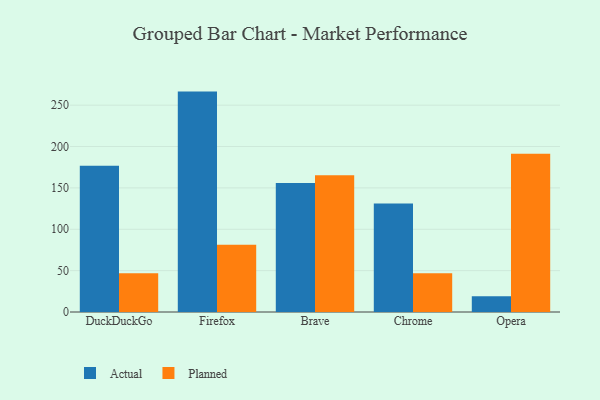
{"axis": {"x": "Browser", "y": "Page Views"}, "legend": ["Actual", "Planned"], "data": [{"x": "DuckDuckGo", "y": 176.7, "type": "Actual"}, {"x": "DuckDuckGo", "y": 46.7, "type": "Planned"}, {"x": "Firefox", "y": 266.4, "type": "Actual"}, {"x": "Firefox", "y": 81.3, "type": "Planned"}, {"x": "Brave", "y": 156.0, "type": "Actual"}, {"x": "Brave", "y": 165.3, "type": "Planned"}, {"x": "Chrome", "y": 131.1, "type": "Actual"}, {"x": "Chrome", "y": 46.8, "type": "Planned"}, {"x": "Opera", "y": 19.1, "type": "Actual"}, {"x": "Opera", "y": 191.2, "type": "Planned"}]}